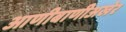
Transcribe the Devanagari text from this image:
आणीबाणीअखेर